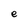
Character: e